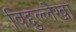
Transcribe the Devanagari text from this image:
विद्दुल्लेखा